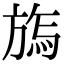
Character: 𣄊